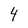
Character: 4